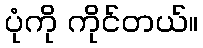
ပုံကို ကိုင်တယ်။